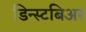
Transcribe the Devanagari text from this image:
डिन्स्टबिअर